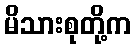
မိသားစုတို့က